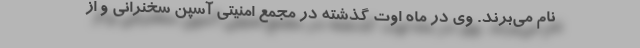
نام می‌برند. وی در ماه اوت گذشته در مجمع امنیتی آسپن سخنرانی و از